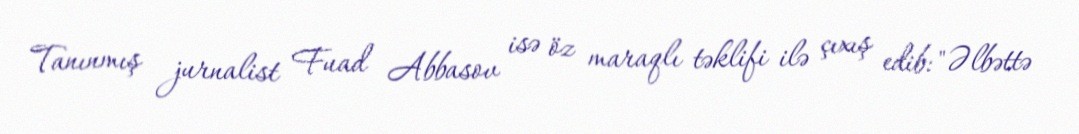
Tanınmış jurnalist Fuad Abbasov isə öz maraqlı təklifi ilə çıxış edib: "Əlbəttə